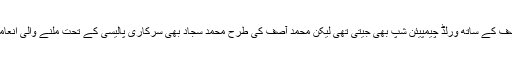
انھوں نےگذشتہ سال محمد آصف کے ساتھ ورلڈ چیمپیئن شپ بھی جیتی تھی لیکن محمد آصف کی طرح محمد سجاد بھی سرکاری پالیسی کے تحت ملنے والی انعامی رقم سے تاحال محروم ہیں۔